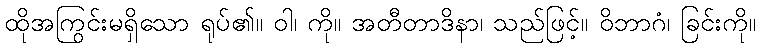
ထိုအကြွင်းမရှိသော ရုပ်၏။ ဝါ၊ ကို။ အတီတာဒိနာ၊ သည်ဖြင့်။ ဝိဘာဂံ၊ ခြင်းကို။